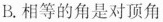
B.相等的角是对顶角